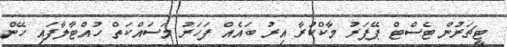
ޓީޗަރުން ޓެސްޓް ޕޭޕަރު މާކްކުރާ އިރު ބައެއް ފަހަރު މަސައްކަތް ހުއްޓާލާފައި ހޭން